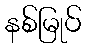
နစ်မြုပ်